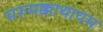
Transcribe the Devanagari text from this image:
मरुमक्काथायम